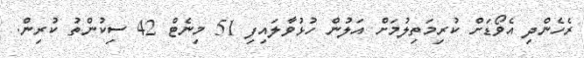
ރެހެންދި އެވޯޑަށް ކުރިމަތިލުމަށް އަލުން ހުޅުވާލައިފި 51 މިނެޓް 42 ސިކުންތު ކުރިން.